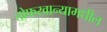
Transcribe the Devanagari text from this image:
तोफखान्यामधील